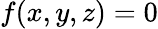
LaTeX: f(x,y,z)=0